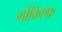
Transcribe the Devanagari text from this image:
मोंक्रिएफ़